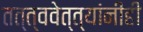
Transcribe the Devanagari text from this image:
तत्त्ववेत्त्यांनीही